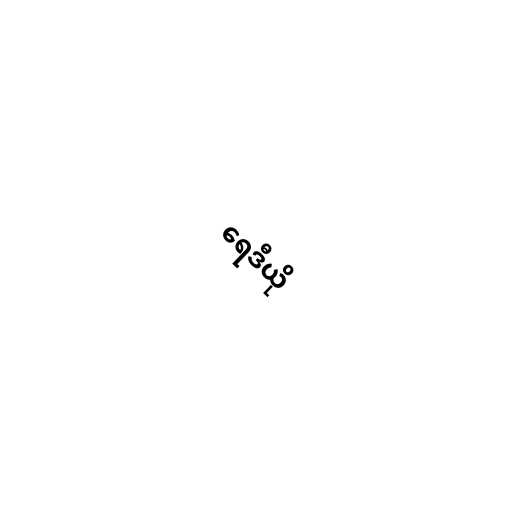
ရေဒီယို